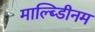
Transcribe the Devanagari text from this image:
माल्ब्डिीनम